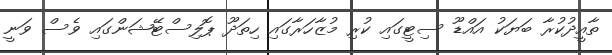
ތާއީދުކުރާ ބަޔަކު އައްޑޫ ސިޓީގައި ކުރި މުޒާހަރާގައި ހިތަދޫ ޕޮލިސްޓޭޝަންގައި ވެސް ވަނީ